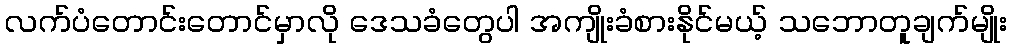
လက်ပံတောင်းတောင်မှာလို ဒေသခံတွေပါ အကျိုးခံစားနိုင်မယ့် သဘောတူချက်မျိုး